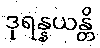
ဒုရန္နယန္တိ